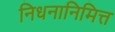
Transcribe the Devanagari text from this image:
निधनानिमित्त